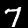
Digit: 7